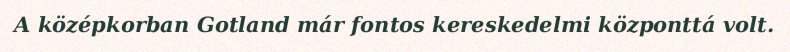
A középkorban Gotland már fontos kereskedelmi központtá volt.